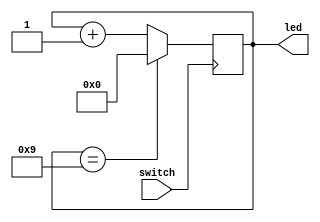
module Counter(switch,led);
	input switch;
	output [3:0] led;
	reg [3:0] ff;
	
	always @(posedge switch) begin
		if(ff==4'h9)
			ff=4'h0;
		else
			ff=ff+1;
	end
	assign led=ff;
endmodule